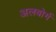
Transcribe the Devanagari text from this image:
अलबोर्ग